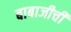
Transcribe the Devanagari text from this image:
बाबाजीची